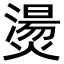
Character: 燙